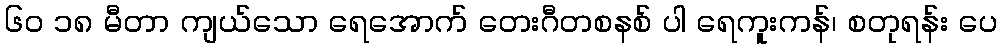
၆၀ ၁၈ မီတာ ကျယ်သော ရေအောက် တေးဂီတစနစ် ပါ ရေကူးကန်၊ စတုရန်း ပေ